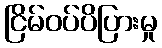
ငြိမ်ဝပ်ပိပြားမှု